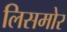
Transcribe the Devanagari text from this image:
लिसमोर